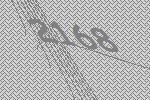
2168